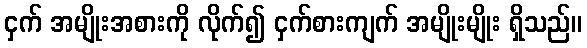
ငှက် အမျိုးအစားကို လိုက်၍ ငှက်စားကျက် အမျိုးမျိုး ရှိသည်။